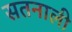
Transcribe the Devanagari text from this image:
सतनाली